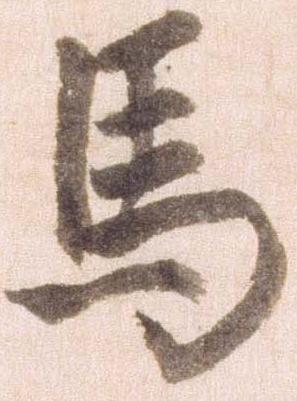
馬